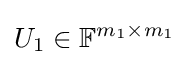
U_{1}\in \mathbb {F} ^{m_{1}\times m_{1}}